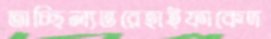
তাচ্ছিল্যভরেহাইফাকেদ